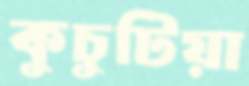
কুচুটিয়া